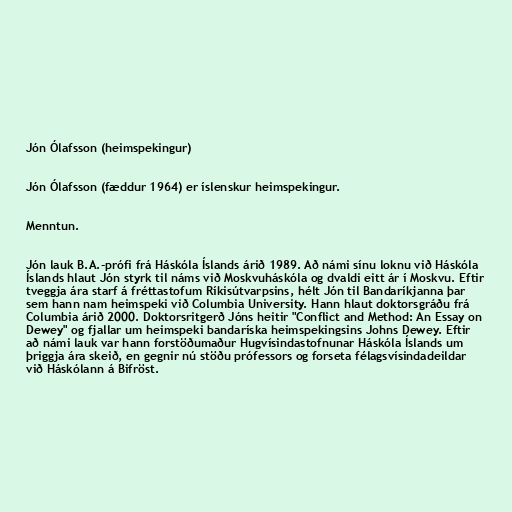
Jón Ólafsson (heimspekingur)

Jón Ólafsson (fæddur 1964) er íslenskur heimspekingur.

Menntun.

Jón lauk B.A.-prófi frá Háskóla Íslands árið 1989. Að námi sínu loknu við Háskóla
Íslands hlaut Jón styrk til náms við Moskvuháskóla og dvaldi eitt ár í Moskvu. Eftir
tveggja ára starf á fréttastofum Ríkisútvarpsins, hélt Jón til Bandaríkjanna þar
sem hann nam heimspeki við Columbia University. Hann hlaut doktorsgráðu frá
Columbia árið 2000. Doktorsritgerð Jóns heitir "Conflict and Method: An Essay on
Dewey" og fjallar um heimspeki bandaríska heimspekingsins Johns Dewey. Eftir
að námi lauk var hann forstöðumaður Hugvísindastofnunar Háskóla Íslands um
þriggja ára skeið, en gegnir nú stöðu prófessors og forseta félagsvísindadeildar
við Háskólann á Bifröst.